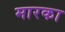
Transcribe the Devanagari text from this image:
मारका